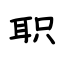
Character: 职